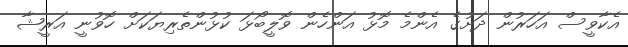
އެކާވީސް އަހަރުން ދަށުގެ އެންމެ މޮޅު އަންހެން ވޮލީބޯޅަ ކުޅުންތެރިޔަކަށް ހޮވުނީ އަރީޝާ